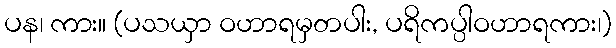
ပန၊ ကား။ (ပသယှာ ဝဟာရမှတပါး, ပရိကပ္ပါဝဟာရကား၊)